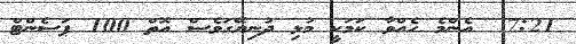
7:21  އެންމެ ހެއްވާ ކަމަކީ މުޅި ދުނިޔޭގަވެސް އޮތް 100 ޕަސެންޓް